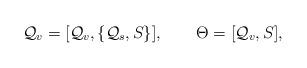
LaTeX: \begin{align*}{\cal Q}_v=[{\cal Q}_v,\{{\cal Q}_s,S\}],\quad\quad\Theta=[{\cal Q}_v, S],\end{align*}